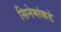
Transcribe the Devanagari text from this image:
सिनेमांकडे